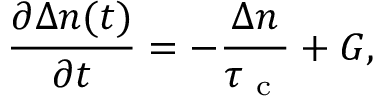
\frac { \partial \Delta n ( t ) } { \partial t } = - \frac { \Delta n } { \tau _ { \mathrm { ~ c ~ } } } + G ,